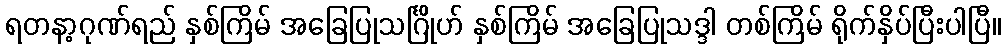
ရတနာ့ဂုဏ်ရည် နှစ်ကြိမ် အခြေပြုသင်္ဂြိုဟ် နှစ်ကြိမ် အခြေပြုသဒ္ဒါ တစ်ကြိမ် ရိုက်နှိပ်ပြီးပါပြီ။